Civil Veterinary Department Bengal reports 1923-33 - 1923-1933
Year: 1923
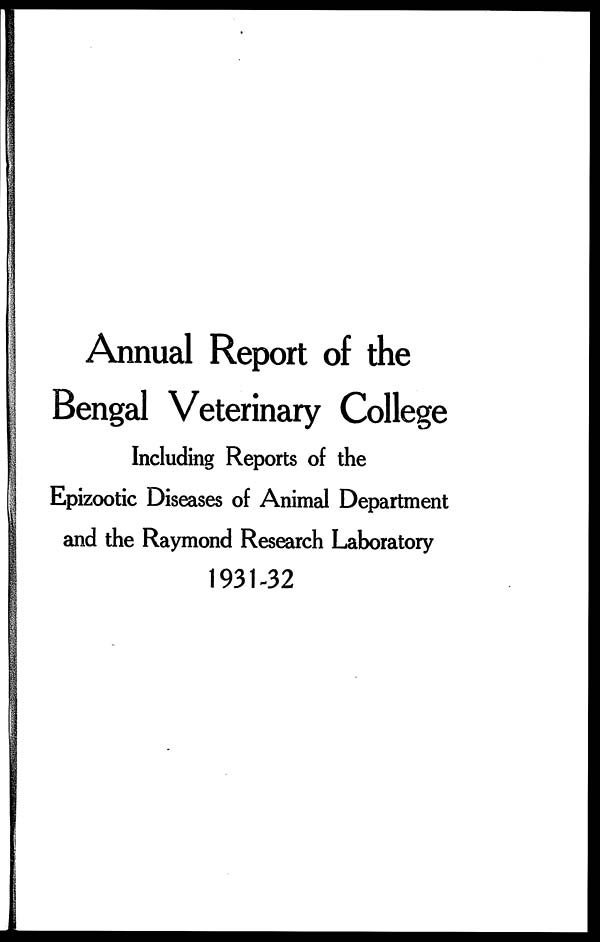
Annual Report of the
Bengal Veterinary College
Including Reports of the
Epizootic Diseases of Animal Department
and the Raymond Research Laboratory
1931-32